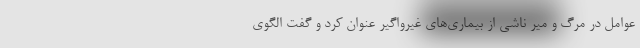
عوامل در مرگ و میر ناشی از بیماری‌های غیرواگیر عنوان کرد و گفت الگوی